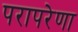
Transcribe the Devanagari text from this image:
परापरेणा